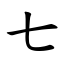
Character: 七